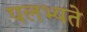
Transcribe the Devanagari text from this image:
पलभ्यते